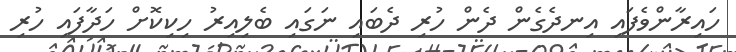
ހައިރާންވެފައި އިނދެގެން ދެން ހުރި ދެބައި ނަގައި ބެލިއިރު ހިކިކޮށް ހަދާފައި ހުރި